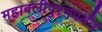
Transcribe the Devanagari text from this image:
महाबलीपुरमपर्यंत